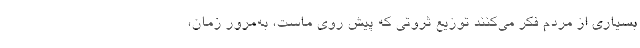
بسیاری از مردم فکر می‌کنند توزیع ثروتی که پیش روی ماست، به‌مرور زمان،